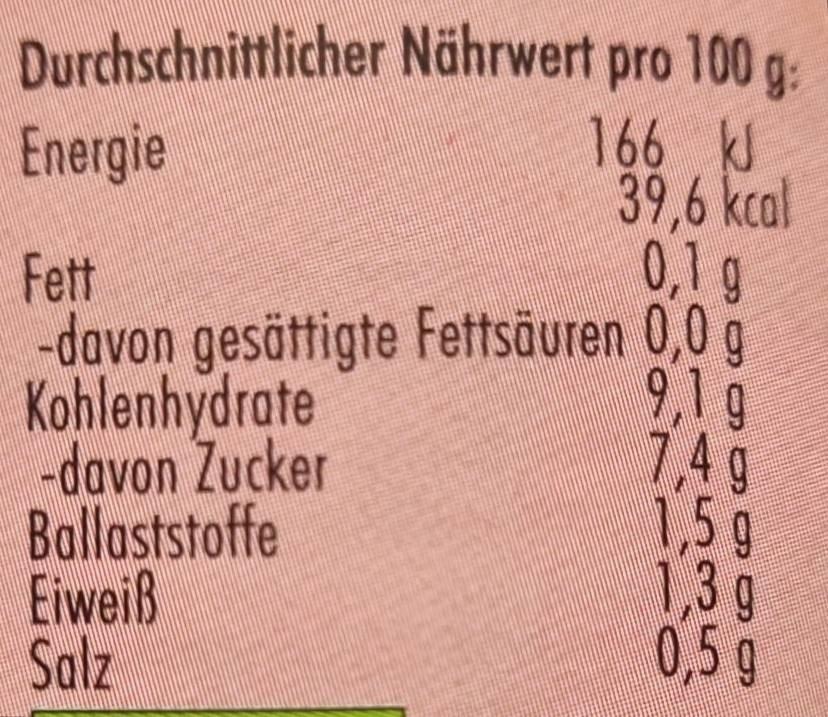
Durchschnittlicher Nährwert pro 100 g:
Energie
166 kJ 39,6 kcal
0,1 g
Fett
-davon gesättigte Fettsäuren 0,0 g
Kohlenhydrate -davon Zucker
9,1 g 7,4 g 1,5 g 1,3 g
Ballaststoffe
Eiweiß Salz
25
تا و لك وله
0,5 g